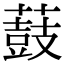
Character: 薣